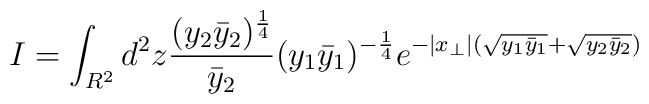
I=\int_{R^2} d^2z\frac{(y_2\bar y_2)^{\frac{1}{4}}}{\bar y_2}(y_1\bar y_1)^{-\frac{1}{4}}e^{-|x_\perp|(\sqrt{y_1\bar y_1}+\sqrt{y_2\bar y_2})}